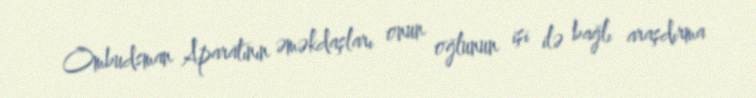
Ombudsman Aparatının əməkdaşları onun oğlunun işi ilə bağlı araşdırma